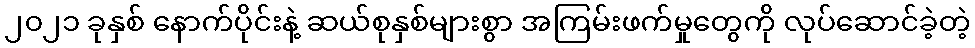
၂၀၂၁ ခုနှစ် နောက်ပိုင်းနဲ့ ဆယ်စုနှစ်များစွာ အကြမ်းဖက်မှုတွေကို လုပ်ဆောင်ခဲ့တဲ့